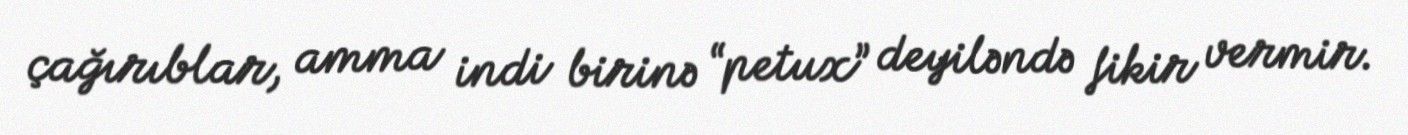
çağırıblar, amma indi birinə “petux” deyiləndə fikir vermir.